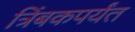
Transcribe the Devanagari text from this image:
त्रिंबकपर्यंत